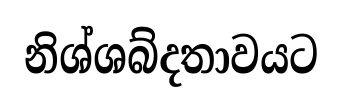
නිශ්ශබ්දතාවයට